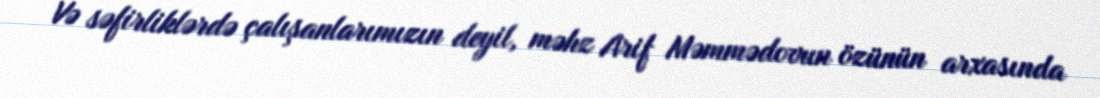
Və səfirliklərdə çalışanlarımızın deyil, məhz Arif Məmmədovun özünün arxasında